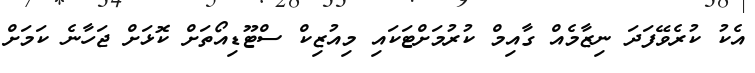
އެކު ކުރެވޭފަދަ ނިޒާމެއް ގާއިމް ކުރުމަށްޓަކައި މިއުޒިކް ސްޓޫޑިއޯތަށް ކޮޅަށް ޖަހާނެ ކަމަށް